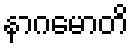
နာဂမောတိ